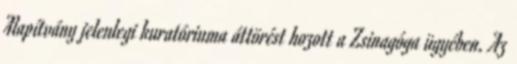
Alapítvány jelenlegi kuratóriuma áttörést hozott a Zsinagóga ügyében. Az